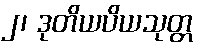
၂၊ ဒုတိယပိယသုတ္တ